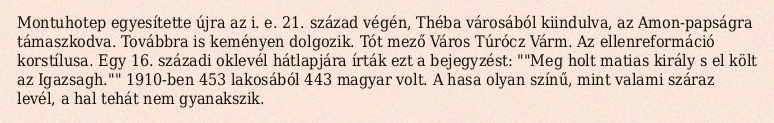
Montuhotep egyesítette újra az i. e. 21. század végén, Théba városából kiindulva, az Amon-papságra támaszkodva. Továbbra is keményen dolgozik. Tót mező Város Túrócz Várm. Az ellenreformáció korstílusa. Egy 16. századi oklevél hátlapjára írták ezt a bejegyzést: ""Meg holt matias király s el költ az Igazsagh."" 1910-ben 453 lakosából 443 magyar volt. A hasa olyan színű, mint valami száraz levél, a hal tehát nem gyanakszik.